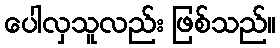
ပေါလှသူလည်း ဖြစ်သည်။